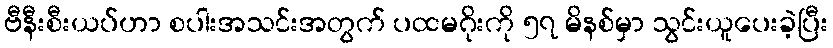
ဗီနီးစီးယပ်ဟာ စပါးအသင်းအတွက် ပထမဂိုးကို ၅၇ မိနစ်မှာ သွင်းယူပေးခဲ့ပြီး